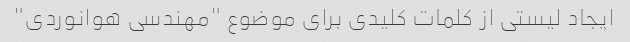
ایجاد لیستی از کلمات کلیدی برای موضوع "مهندسی هوانوردی"